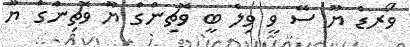
ވޯރޑް ޔޫ ސޭ ވީ ވިލް ބީ ވޮޗިންގް ޔޫ ވޮޗިންގް ޔޫ